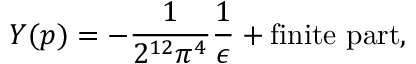
{ \cal Y } ( p ) = - \frac { 1 } { 2 ^ { 1 2 } \pi ^ { 4 } } \frac { 1 } { \epsilon } + \mathrm { f i n i t e ~ p a r t } ,